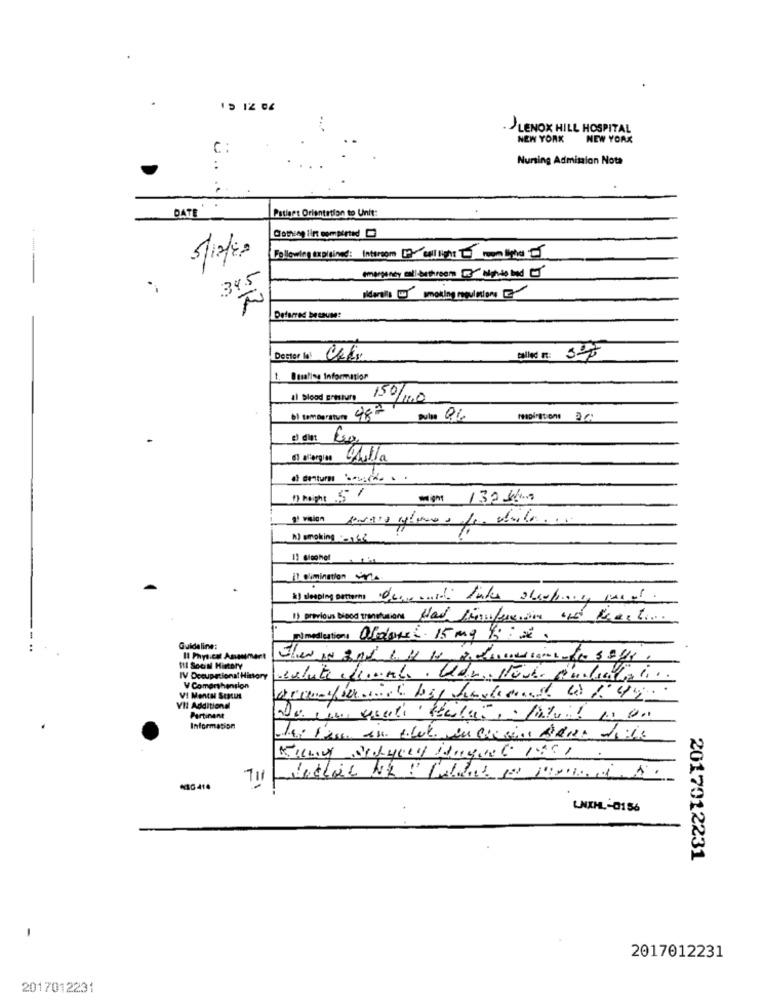
15 12 04
LENOX HILL HOSPITAL
NEW YORK NEW YORK
C:
Nursing Admission Nota
-
:
..
Patiaet Orientation to Unit:
DATE
Coming 1int completed
Following Explained: Intercom wlightly ]
emergency call-bathroom WY Manto bad J
345
piderolls - smoking regulations
Deferred because:
Dector la Ckti
called m:
Busaline Information
al blood Bresturs
150/100
b) Som oratuto 487
respirations 3 C
6) alergias sulla
Might 132 460
º vision paraso stano a fe- cola ...
NO smoking :- 142
1) previous Blood sensations Had Sinnfein os Fest
D) medications Oldoni 15mg /2.
Guideline:
Il Physical Ananiment
ftl Social History
IV Dceupational History
V Comorthension
VI Mental Status
VII Additional
Partinane
Information
Allmy Sofyeen Hoguet 1.81
** 641.
2017012231
2017012231
2017012231